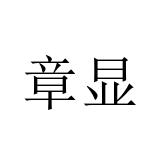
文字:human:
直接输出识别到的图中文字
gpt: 章显